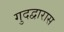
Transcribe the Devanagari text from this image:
गुदद्वारास